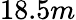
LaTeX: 18.5m